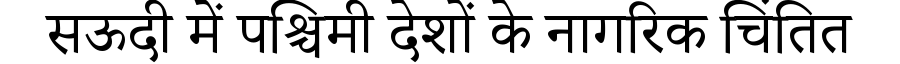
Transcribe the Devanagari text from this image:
सऊदी में पश्चिमी देशों के नागरिक चिंतित